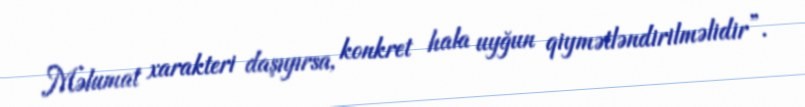
Məlumat xarakteri daşıyırsa, konkret hala uyğun qiymətləndirilməlidir”.